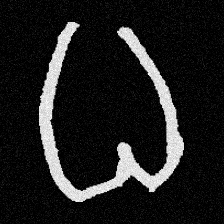
Pyu character \u2014 Myanmar letter: ဓ (romanized: dha)